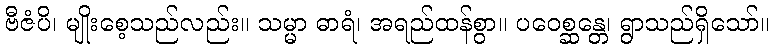
ဗီဇံပိ၊ မျိုးစေ့သည်လည်း။ သမ္မာ ဓာရံ၊ အရည်ထန်စွာ။ ပဝေစ္ဆန္တေ၊ ရွာသည်ရှိသော်။